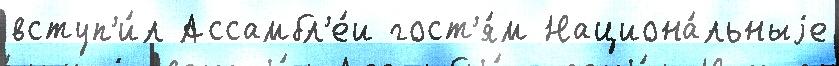
вступ'и́л Ассамбл'е́и гост'я́м Национа́льныjе